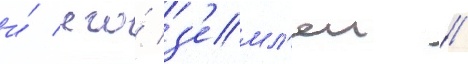
и́ его́ з'емл'еи //